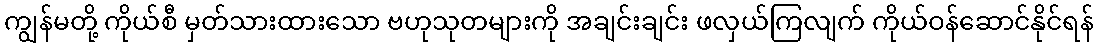
ကျွန်မတို့ ကိုယ်စီ မှတ်သားထားသော ဗဟုသုတများကို အချင်းချင်း ဖလှယ်ကြလျက် ကိုယ်ဝန်ဆောင်နိုင်ရန်